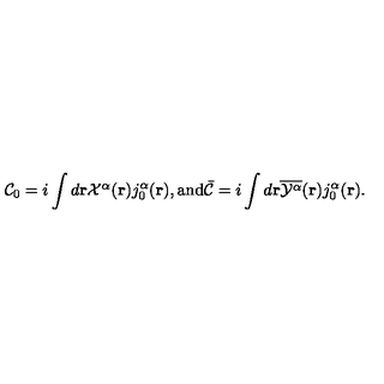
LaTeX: { \cal C } _ { 0 } = i \int d { \bf { r } } { \textstyle { \cal X } ^ { \alpha } } ( { \bf r } ) j _ { 0 } ^ { \alpha } ( { \bf r } ) , \mathrm { a n d } { \bar { \cal C } } = i \int d { \bf { r } } \overline { { { \cal Y } ^ { \alpha } } } ( { \bf r } ) j _ { 0 } ^ { \alpha } ( { \bf r } ) .